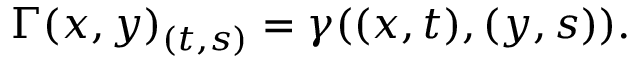
\Gamma ( x , y ) _ { ( t , s ) } = \gamma ( ( x , t ) , ( y , s ) ) .